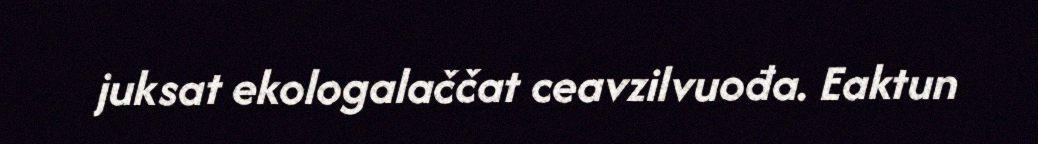
juksat ekologalaččat ceavzilvuođa. Eaktun